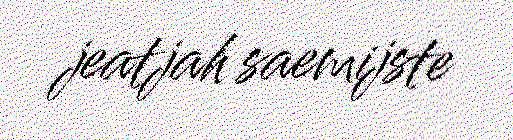
jeatjah saemijste